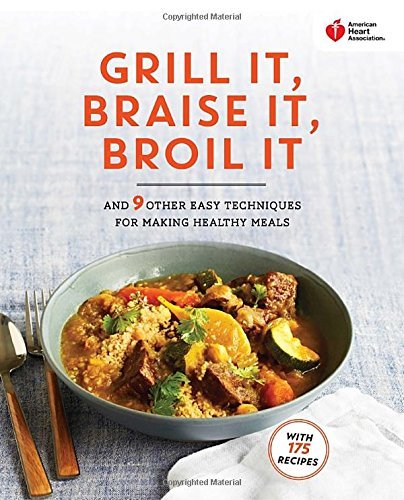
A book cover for American Heart Association Grill It, Braise It, Broil It: And 9 Other Easy Techniques for Making Healthy Meals by American Heart Association (2015-06-02) Paperback; American Heart Association; Health, Fitness & Dieting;